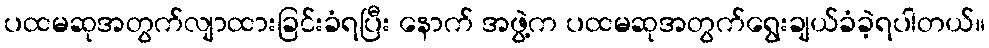
ပထမဆုအတွက်လျာထားခြင်းခံရပြီး နောက် အဖွဲ့က ပထမဆုအတွက်ရွေးချယ်ခံခဲ့ရပါတယ်။